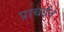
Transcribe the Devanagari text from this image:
प्राचईन